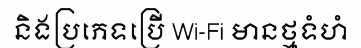
និងប្រភេទប្រើ Wi-Fi មានថ្មទំហំ